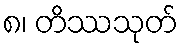
၈၊ တိဿသုတ်